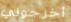
أخرجوني